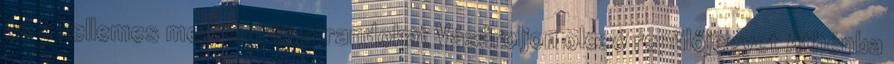
és a kellemes mediterrán strandokat Vásároljon olcsó repülőjegyet Athénba